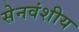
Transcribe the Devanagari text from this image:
सेनवंशीय